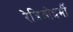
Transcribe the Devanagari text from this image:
रेडिओधर्मी